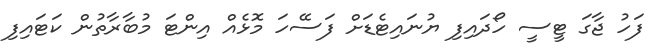
ފަހު ޖާގަ ޓީސީ ހޯދައިފި ޔުނައިޓެޑަށް ފަސޭހަ މޮޅެއް އިންޓަ މުބާރާތުން ކަޓައިފި